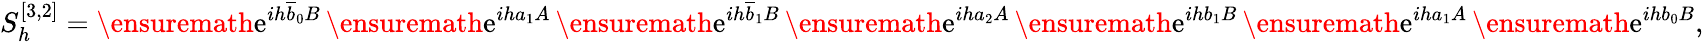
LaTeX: S_{h}^{[3,2]}=\ensuremath{\mathrm{e}}^{ih\overline{{b}}_{0}B}\, \ensuremath{\mathrm{e}}^{iha_{1}A}\, \ensuremath{\mathrm{e}}^{ih\overline{{b}}_{1}B}\, \ensuremath{\mathrm{e}}^{iha_{2}A}\, \ensuremath{\mathrm{e}}^{ihb_{1}B}\, \ensuremath{\mathrm{e}}^{iha_{1}A}\, \ensuremath{\mathrm{e}}^{ihb_{0}B},